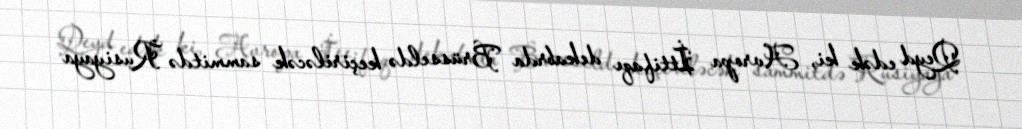
Qeyd edək ki, Avropa İttifaqı dekabrda Brüsseldə keçiriləcək sammitdə Rusiyaya